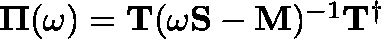
\begin{array} { r } { \mathbf { \Pi } ( \omega ) = \mathbf { T } ( \omega \mathbf { S } - \mathbf { M } ) ^ { - 1 } \mathbf { T } ^ { \dag } } \end{array}